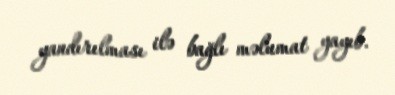
yandırılması ilə bağlı məlumat yayıb.